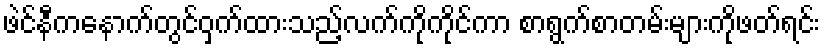
ဖဲင်နီကနောက်တွင်ဝှက်ထားသည့်လက်ကိုကိုင်ကာ စာရွက်စာတမ်းများကိုဖတ်ရင်း